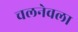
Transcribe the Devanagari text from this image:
चलनेवला